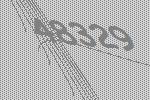
48329